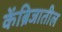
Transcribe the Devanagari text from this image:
केंब्रिजातील